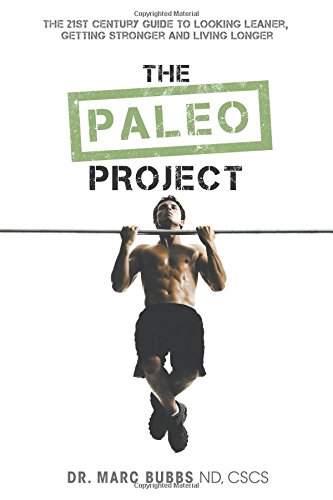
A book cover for The Paleo Project; Marc Bubbs; Health, Fitness & Dieting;